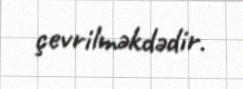
çevrilməkdədir.